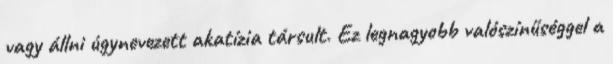
vagy állni úgynevezett akatízia társult. Ez legnagyobb valószínűséggel a